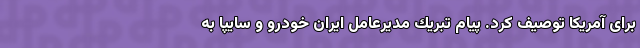
برای آمریکا توصیف کرد. پيام تبريك مديرعامل ایران خودرو و سايپا به